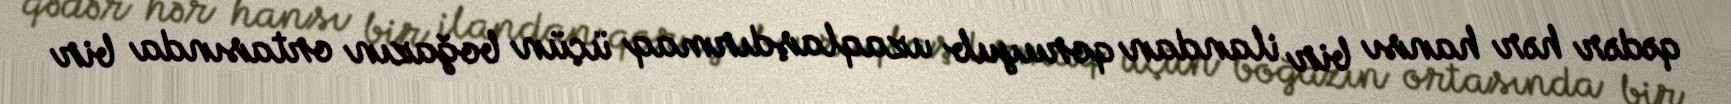
qədər hər hansı bir ilandan qoruyub uzaqlaşdırmaq üçün boğazın ortasında bir